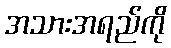
အသားအရည်ကို